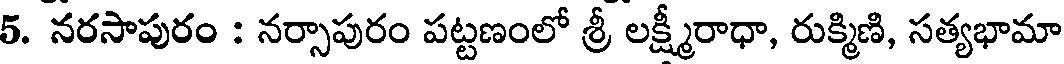
5. నరసాపురం : నర్సాపురం పట్టణంలో శ్రీ లక్ష్మీరాధా, రుక్మిణి, సత్యభామా